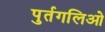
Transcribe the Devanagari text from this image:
पुर्तगलिओ